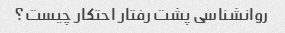
روانشناسی پشت رفتار احتکار چیست؟